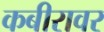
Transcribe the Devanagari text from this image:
कबीरावर